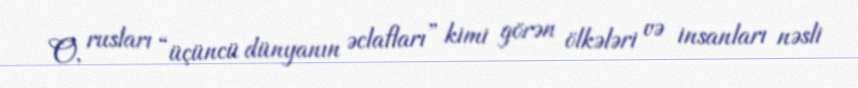
O, rusları “üçüncü dünyanın əclafları” kimi görən ölkələri və insanları nəsli